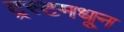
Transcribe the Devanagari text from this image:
ट्रस्टमधून